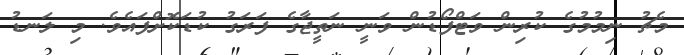
މެޗު ނިމުމުގެ ކުރިން ވަޓްފޯޑުން ވަނީ ނަތީޖާގެ ފަރަގު ކުޑަކޮށްފައެވެ. މި ލަނޑު